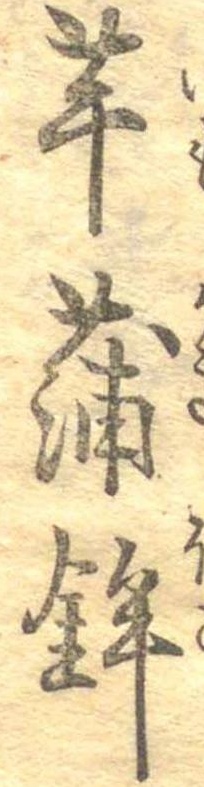
芋蒲鉾